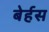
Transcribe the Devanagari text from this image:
बेर्हस